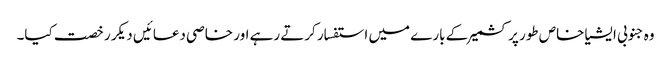
وہ جنوبی ایشیا خاص طور پر کشمیر کے بارے میں استفسار کرتے رہے اور خاصی دعائیں دیکر رخصت کیا۔